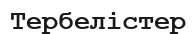
Тербелістер